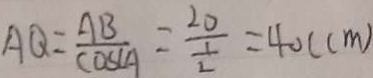
A Q = \frac { A B } { \cos \angle A } = \frac { 2 0 } { \frac { 1 } { 2 } } = 4 0 ( c m )